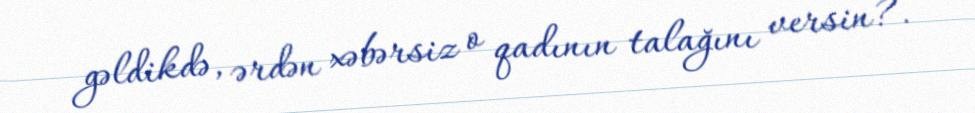
gəldikdə, ərdən xəbərsiz o qadının talağını versin?.